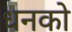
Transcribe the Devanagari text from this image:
धनको